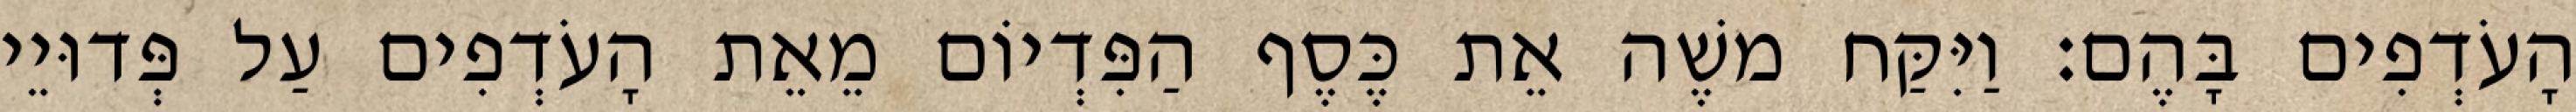
הָעֹדְפִים בָּהֶם׃ וַיִּקַּח משֶׁה אֵת כֶּסֶף הַפִּדְיוֹם מֵאֵת הָעֹדְפִים עַל פְּדוּיֵי